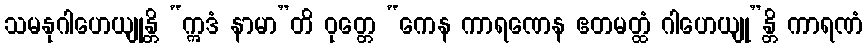
သမနုဂါဟေယျုန္တိ “ဣဒံ နာမာ”တိ ဝုတ္တေ “ကေန ကာရဏေန ဧတမတ္ထံ ဂါဟေယျု”န္တိ ကာရဏံ